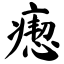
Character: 瘛